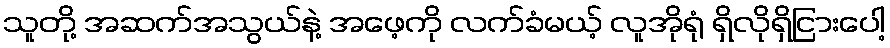
သူတို့ အဆက်အသွယ်နဲ့ အဖေ့ကို လက်ခံမယ့် လူအိုရုံ ရှိလိုရှိငြားပေါ့